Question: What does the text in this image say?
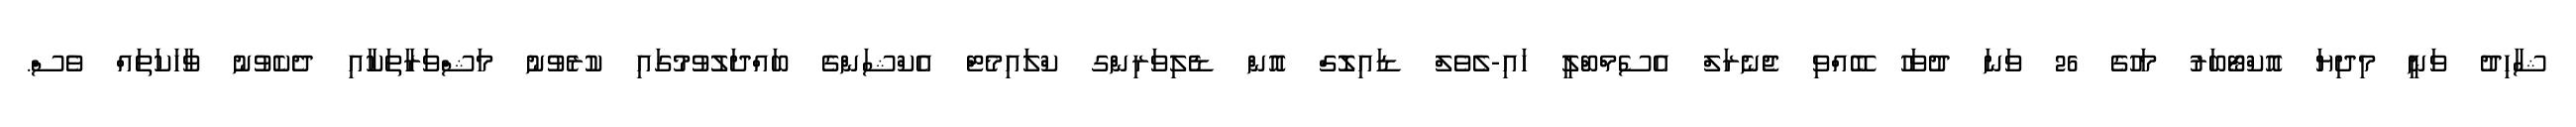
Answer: ޝާހިދު ވަނީ މިދިޔަ އޮކްޓޯބަރު މަހުގެ 26 ވަނަ ދުވަހު ބޭއްވި ޖެނެރަލް އެސެމްބްލީ ހައި-ލެވެލް ޑައިލޮގް އޮން ޑެލިވަރިންގ ކްލައިމެޓް އެކްޝަންގެ ބައްދަލުވުމުގައި ކުރެވުނު މަޝްވަރާތަކާއި ދެކެވުނު ވާހަކަތައް ވެސް.